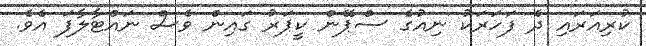
ކުރިއަރައި ދެ ފަހަރަކު ނިއުގެ ސްޕޭން ކީޕަރު ގައިން ވެސް ނައްޓާލާފަ އެވެ.